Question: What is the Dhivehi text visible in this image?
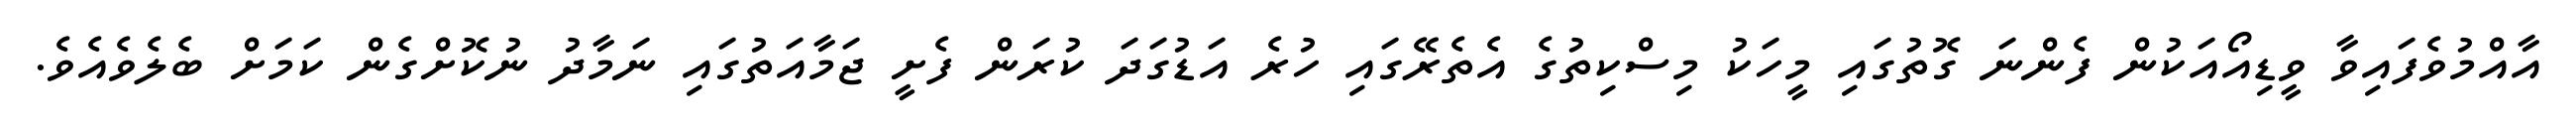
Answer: އާއްމުވެފައިވާ ވީޑިއޯއަކުން ފެންނަ ގޮތުގައި މީހަކު މިސްކިތުގެ އެތެރޭގައި ހުރެ އަޑުގަދަ ކުރަން ފެށީ ޖަމާއަތުގައި ނަމާދު ނުކޮށްގެން ކަމަށް ބެލެވެއެވެ.